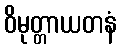
ဝိမုတ္တာယတနံ